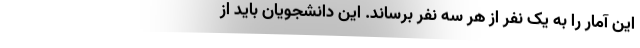
این آمار را به یک نفر از هر سه نفر برساند. این دانشجویان باید از